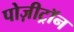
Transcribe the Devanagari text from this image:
पोज़ीट्रॉन